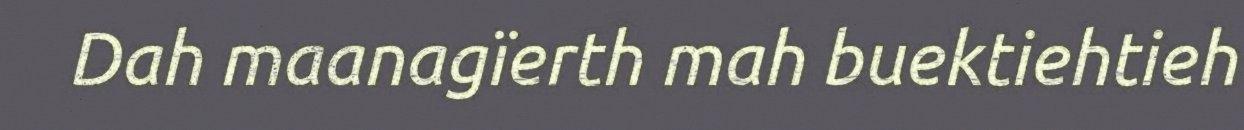
Dah maanagïerth mah buektiehtieh